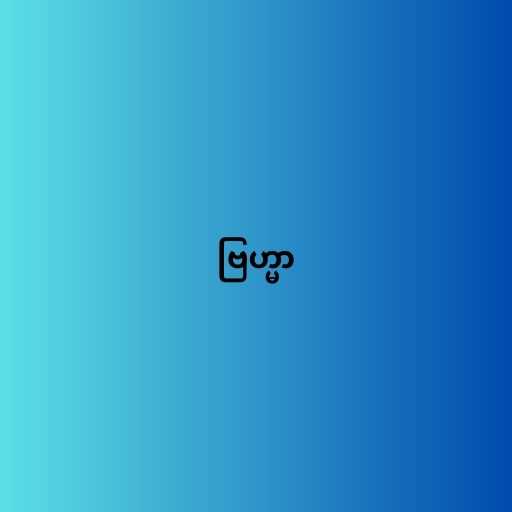
ဗြဟ္မာ